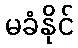
မခံနိုင်